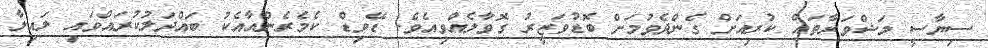
ސިޔާސީ މަޝްވަރާތައް ކުރިއަށް ގެންދެވުމަށް ބޮޑުވަޒީރު ގޮވާލެއްވިއެވެ. ޑޭވިޑް ކެމެރެންއާއެކު ބައްދަލުކުރައްވައި ލައިލާ